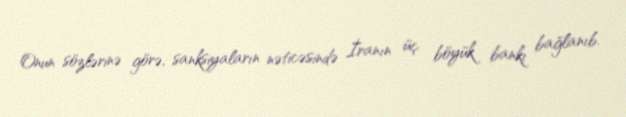
Onun sözlərinə görə, sanksiyaların nəticəsində İranın üç böyük bankı bağlanıb.